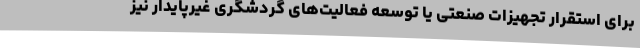
برای استقرار تجهیزات صنعتی یا توسعه فعالیت‌های گردشگری غیرپایدار نیز